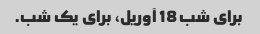
برای شب 18 آوریل، برای یک شب.